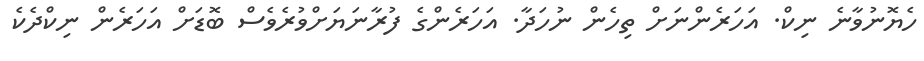
ހެޔޮނުވާނެ ނިކް. އަހަރެންނަށް ތިހެން ނުހަދާ. އަހަރެންގެ ފުރާނަޔަށްވުރެވެސް ބޮޑަށް އަހަރެން ނިކްދެކެ